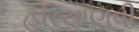
હરિયાણવી